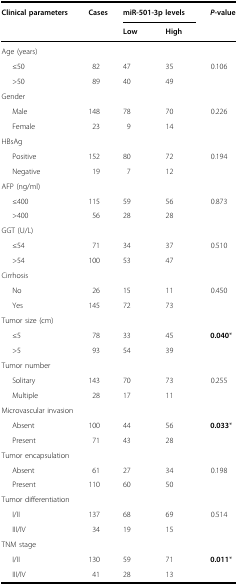
<table><thead><tr><td><b>Clinical parameters</b></td><td><b>Cases</b></td><td colspan="2"><b>miR-501-3p levels</b></td><td><b><i>P</i>-value</b></td></tr><tr><td></td><td></td><td><b>Low</b></td><td><b>High</b></td><td></td></tr></thead><tbody><tr><td colspan="5">Age (years)</td></tr><tr><td>≤50</td><td>82</td><td>47</td><td>35</td><td>0.106</td></tr><tr><td>&gt;50</td><td>89</td><td>40</td><td>49</td><td></td></tr><tr><td colspan="5">Gender</td></tr><tr><td>Male</td><td>148</td><td>78</td><td>70</td><td>0.226</td></tr><tr><td>Female</td><td>23</td><td>9</td><td>14</td><td></td></tr><tr><td colspan="5">HBsAg</td></tr><tr><td>Positive</td><td>152</td><td>80</td><td>72</td><td>0.194</td></tr><tr><td>Negative</td><td>19</td><td>7</td><td>12</td><td></td></tr><tr><td colspan="5">AFP (ng/ml)</td></tr><tr><td>≤400</td><td>115</td><td>59</td><td>56</td><td>0.873</td></tr><tr><td>&gt;400</td><td>56</td><td>28</td><td>28</td><td></td></tr><tr><td colspan="5">GGT (U/L)</td></tr><tr><td>≤54</td><td>71</td><td>34</td><td>37</td><td>0.510</td></tr><tr><td>&gt;54</td><td>100</td><td>53</td><td>47</td><td></td></tr><tr><td colspan="5">Cirrhosis</td></tr><tr><td>No</td><td>26</td><td>15</td><td>11</td><td>0.450</td></tr><tr><td>Yes</td><td>145</td><td>72</td><td>73</td><td></td></tr><tr><td colspan="5">Tumor size (cm)</td></tr><tr><td>≤5</td><td>78</td><td>33</td><td>45</td><td><b>0.040</b>*</td></tr><tr><td>&gt;5</td><td>93</td><td>54</td><td>39</td><td></td></tr><tr><td colspan="5">Tumor number</td></tr><tr><td>Solitary</td><td>143</td><td>70</td><td>73</td><td>0.255</td></tr><tr><td>Multiple</td><td>28</td><td>17</td><td>11</td><td></td></tr><tr><td colspan="5">Microvascular invasion</td></tr><tr><td>Absent</td><td>100</td><td>44</td><td>56</td><td><b>0.033</b>*</td></tr><tr><td>Present</td><td>71</td><td>43</td><td>28</td><td></td></tr><tr><td colspan="5">Tumor encapsulation</td></tr><tr><td>Absent</td><td>61</td><td>27</td><td>34</td><td>0.198</td></tr><tr><td>Present</td><td>110</td><td>60</td><td>50</td><td></td></tr><tr><td colspan="5">Tumor differentiation</td></tr><tr><td>I/II</td><td>137</td><td>68</td><td>69</td><td>0.514</td></tr><tr><td>III/IV</td><td>34</td><td>19</td><td>15</td><td></td></tr><tr><td colspan="5">TNM stage</td></tr><tr><td>I/II</td><td>130</td><td>59</td><td>71</td><td><b>0.011</b>*</td></tr><tr><td>III/IV</td><td>41</td><td>28</td><td>13</td><td></td></tr></tbody></table>